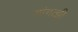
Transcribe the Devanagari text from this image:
यांगत्झी